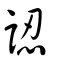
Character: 認